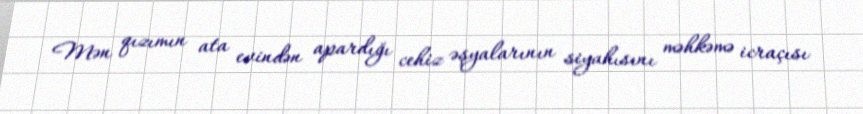
Mən qızımın ata evindən apardığı cehiz əşyalarının siyahısını məhkəmə icraçısı